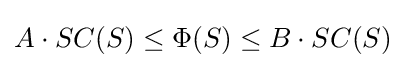
A\cdot SC(S)\leq \Phi (S)\leq B\cdot SC(S)